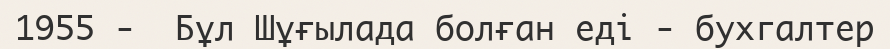
1955 -  Бұл Шұғылада болған еді - бухгалтер